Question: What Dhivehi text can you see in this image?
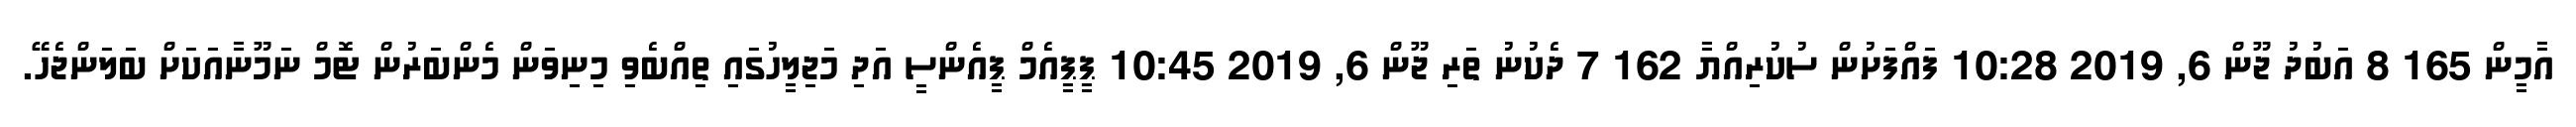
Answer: އާމީން 165 8 އަބުދު ޖޫން 6, 2019 10:28 ފައްފަށުން ސުކުރިއްޔާ 162 7 ދެކުނު ތަރި ޖޫން 6, 2019 10:45 ޕީޕީއެމް ޕީއެންސީ އަދި މަޖިލީހުގައި ތިއްބެވި މިނިވަން މެންބަރުން ޓޮމް ނަމޫނާއަކަށް ބަލަންޖެހޭ.